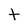
Character: t